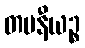
တပနီယဉ္စ